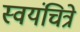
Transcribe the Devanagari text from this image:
स्वयंचित्रे